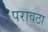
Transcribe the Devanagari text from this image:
परावठा